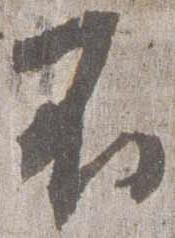
不